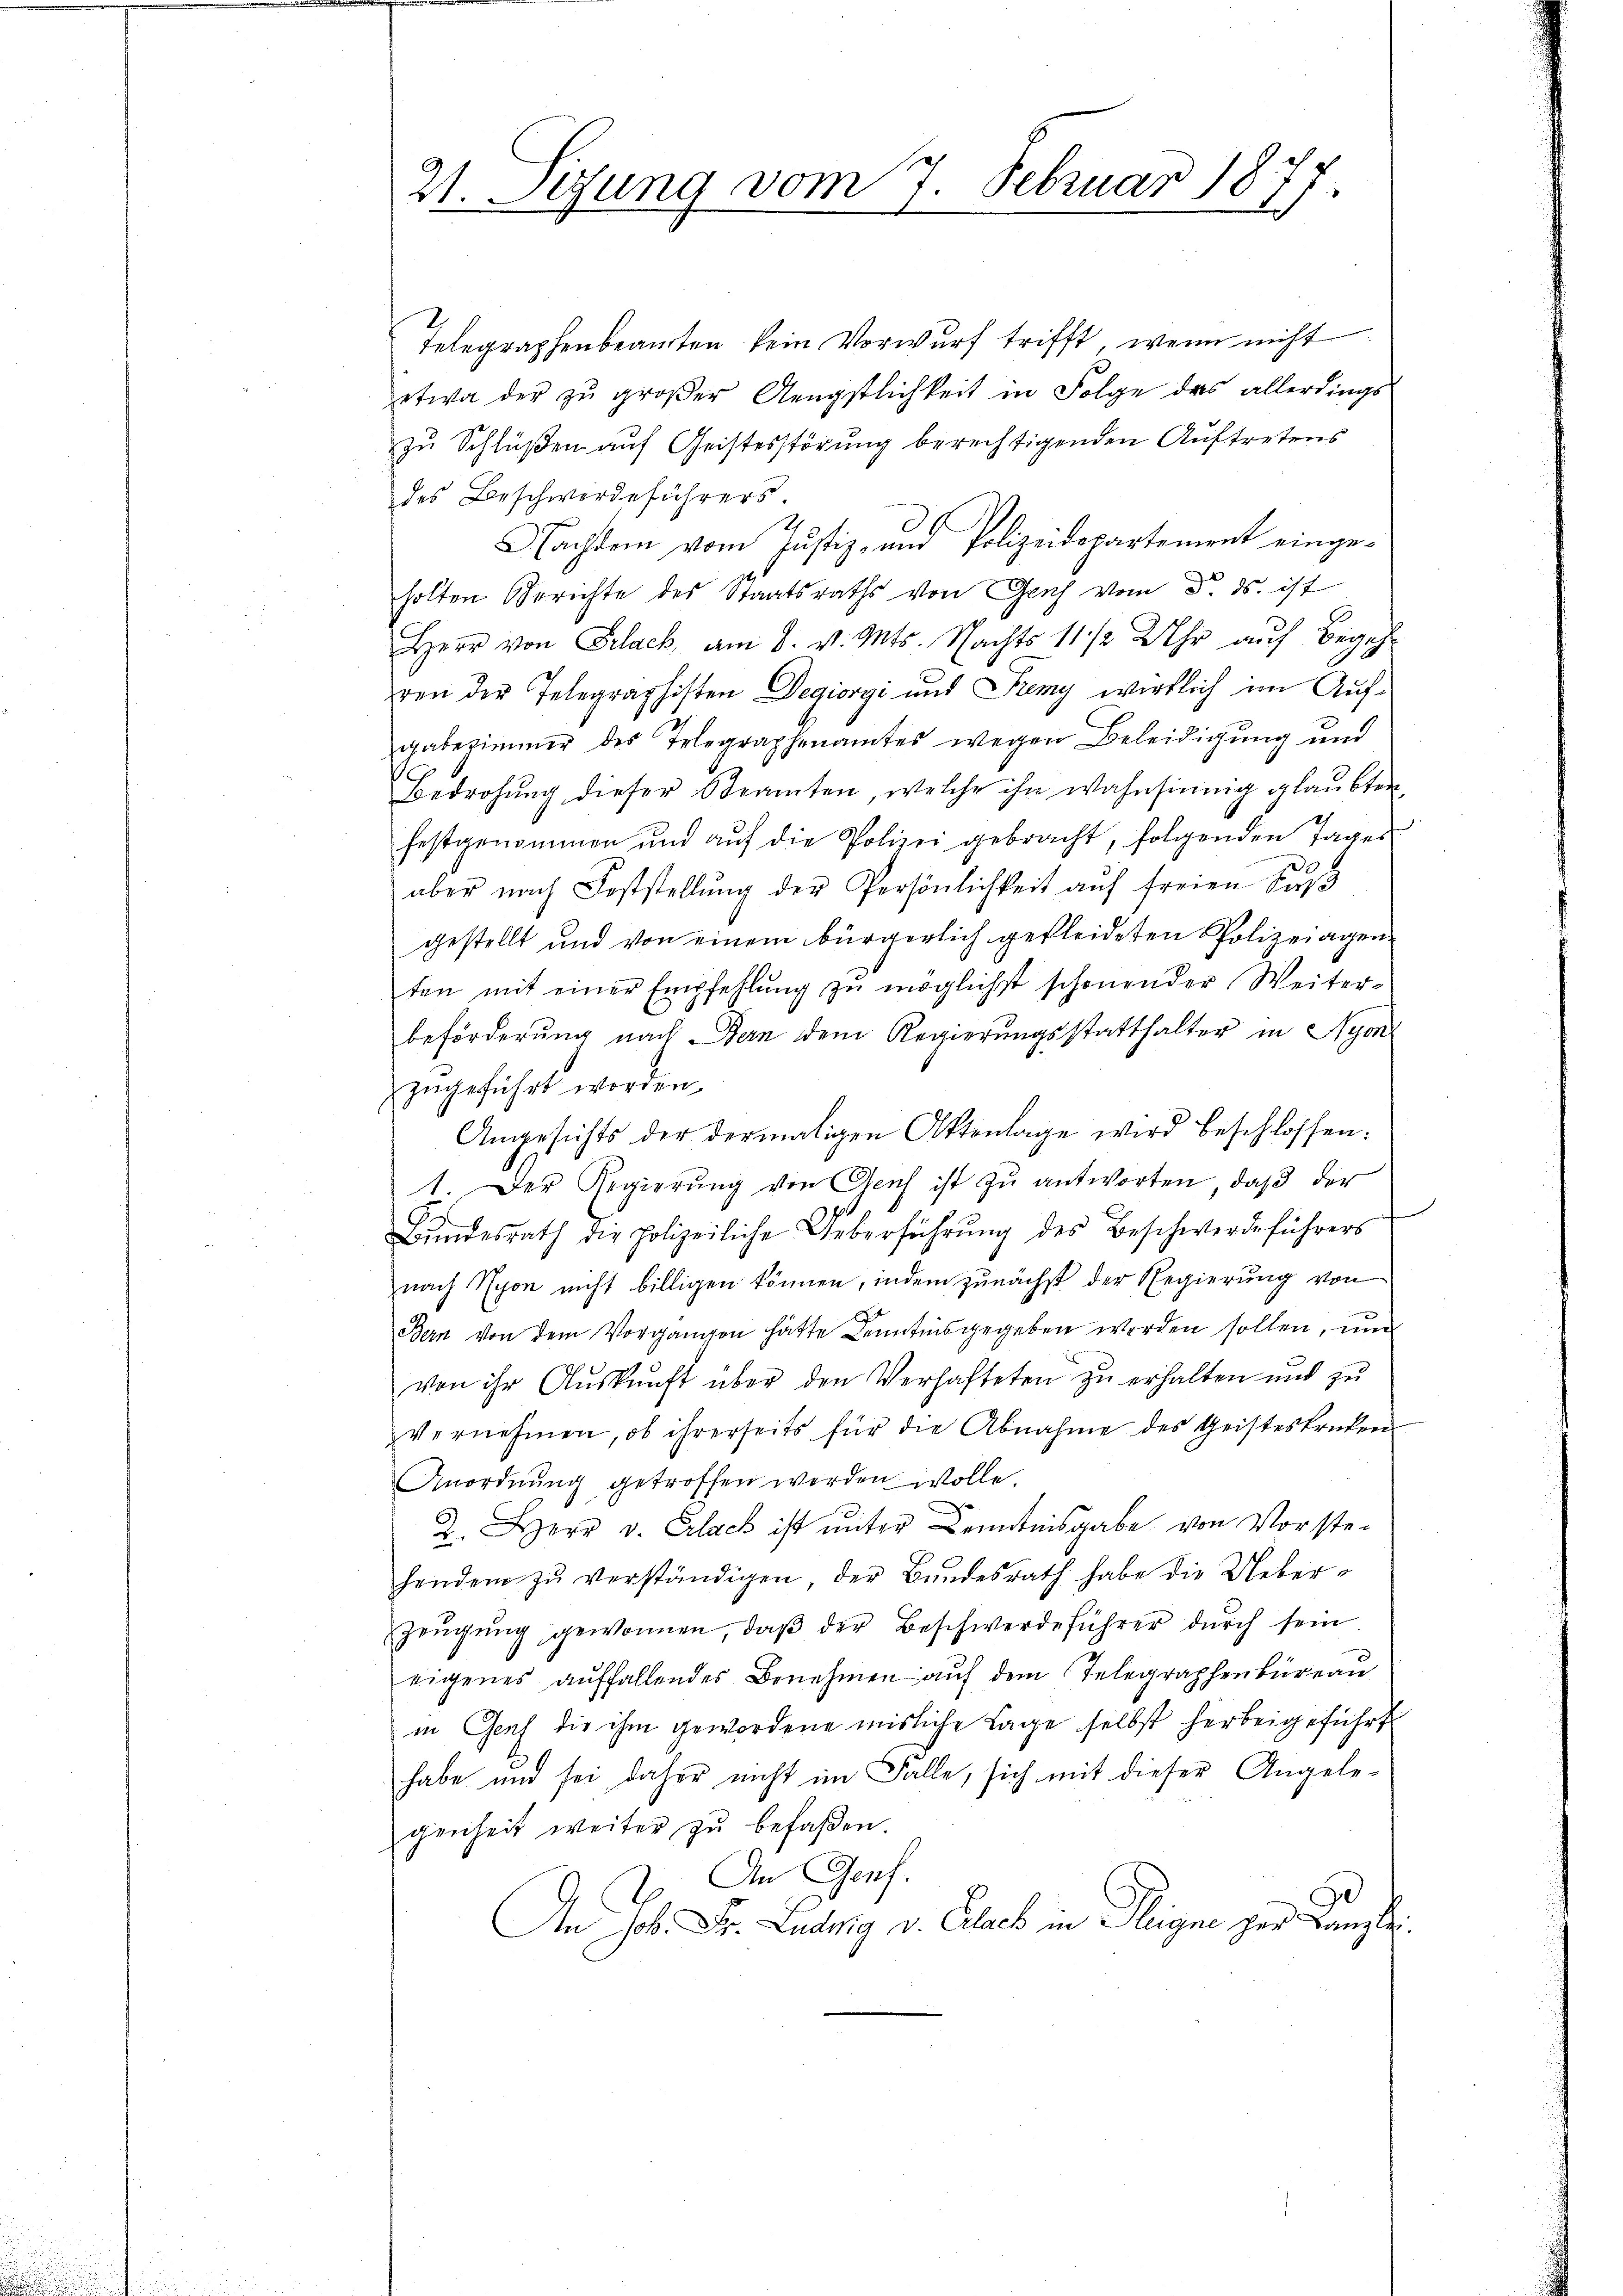
21. Sezung vom 7. Februar 1877

Telegraphenbeamten kein Vorwurf trifft, wenn nicht
etwa der zu großer Aengstlichkeit in Folge das allerdings
zu Schlüßen auf Geistesstörung berechtigenden Auftretens
des Beschwerdeführers.
Nachtem vom Justiz- und Polizeidepartement eingeholten Berichte des Staatsraths von Genf vom 5. ds. ist
Herr von Erlack, am 8. v. Mts. Nachts 11 1/2 Uhr aŭf Begeh-
ren der Telegraphisten Degiorgi und Fremy wirklich im Aufgabezimmer des Telegraphenamtes wegen Beleidigung und
Bedrohŭng dieser Steamten, welche ihn wahnsinnig glaubten,
festgenommen und auf die Polizei gebracht, folgenden Tages
aber nach Feststellŭng der Persönlichkeit aŭf freien Bŭβ
gestellt und von einem bürgerlich gekleideten Polizeiagenten mit einer Empfehlŭng zŭ möglichst schonender Weiter-
beförderung nach Bern dem Regierungsstatthalter in Nyon
zugeführt worden.
Angesichts der dermaligen Aktenlage wird beschlossen:
1. Der Regierŭng von Genf ist zŭ antworten, daβ der
d
Bŭndesrath die Polizeiliche Ueberführŭng des Beschwerdeführers
nach Nyon nicht billigen können, indem zunächst der Regierung von
Bern von dem Vorgangen hätte Kenntnis gegeben werden sollen, und
von ihr Aŭskŭnft über den Verhafteten zu erhalten und zu
vernehmen, ob ihrerseits für die Abnahme des Geisteskruten
Anordnŭng getroffen werden wolle.
2. Herr v. Erlack ist unter Kenntnisgabe von Vorstehendem zŭ verständigen, der Bundesrath habe die Ueber¬
Zeŭgŭng gewonnen, daβ der Beschwerdeführer dŭrch sein
eigenes auffallendes Benehmen auf dem Telegraphenbüreau
in Genf die ihm gewordene misliche Lage selbst herbeigeführt
habe und sei daher nicht im Falle, sich mit dieser Angelegenheit weiter zu befaßen.
An Genf.
An Job. Dr. Ludwig v. Gelieb in ligne per Kanzle